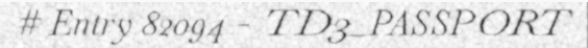
# Entry 82094 - TD3_PASSPORT